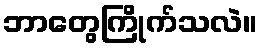
ဘာတွေကြိုက်သလဲ။